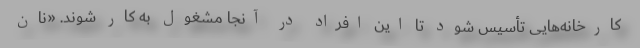
کارخانه‌هایی تأسیس شود تا این افراد در آنجا مشغول به کار شوند. «نان